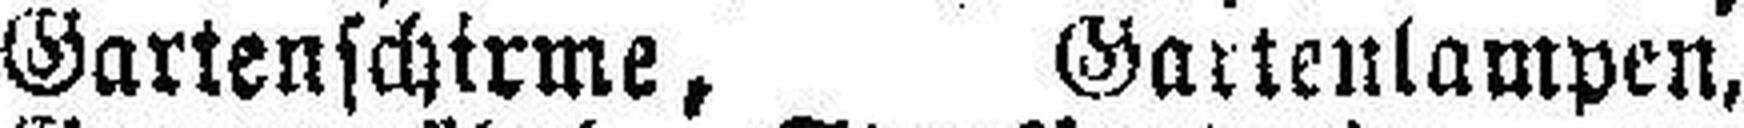
Gartenschirme, Gartenlampen,